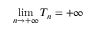
\operatorname* { l i m } _ { n \to + \infty } T _ { n } = + \infty